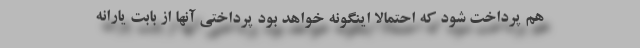
هم پرداخت شود که احتمالا اینگونه خواهد بود پرداختی آنها از بابت یارانه